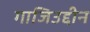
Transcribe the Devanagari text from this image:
गाजिउद्दीन